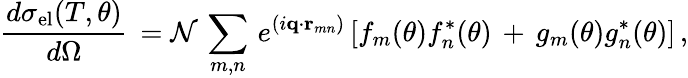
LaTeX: \frac{d\sigma_{\mathrm{el}}(T,\theta)}{d\Omega}\, ={\mathcal N}\, \sum_{m,n}\, e^{(i{\mathbf q}\cdot{\mathbf r}_{mn})}\, [f_{m}(\theta)f_{n}^{*}(\theta)\, +\, g_{m}(\theta)g_{n}^{*}(\theta)]\, ,